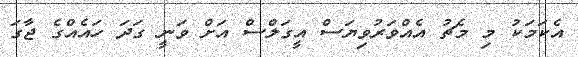
އެކަމަކު މި މެޗު އެއްވަރުވިޔަސް އީގަލްސް އަށް ވަނީ ގަދަ ހައެއްގެ ޖާގަ